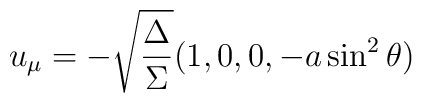
u_\mu= - \sqrt {\frac{\Delta}{\Sigma}} (1,0,0,-a\sin^2 \theta)